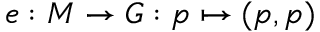
e : M \to G : p \mapsto ( p , p )